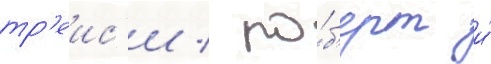
тр'еис'и / ро́б'ерт и́